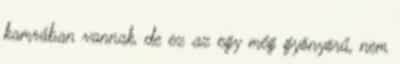
kamrában vannak, de ez az egy még gyönyörű, nem